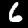
Label: 6